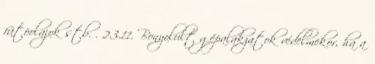
fûtõolajok stb. . 2.3.11. Bonyolult gépalakzatok védelmekor, ha a